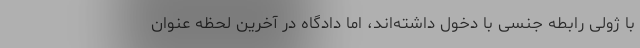
با ژولی رابطه جنسی با دخول داشته‌اند، اما دادگاه در آخرین لحظه عنوان